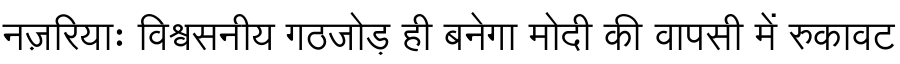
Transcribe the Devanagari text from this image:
नज़रियाः विश्वसनीय गठजोड़ ही बनेगा मोदी की वापसी में रुकावट